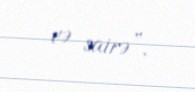
və sairə”.